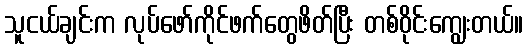
သူငယ်ချင်းက လုပ်ဖော်ကိုင်ဖက်တွေဖိတ်ပြီး တစ်ဝိုင်းကျွေးတယ်။